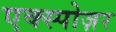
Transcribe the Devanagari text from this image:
एक्स्पोज़र